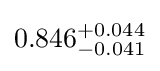
0.846_{-0.041}^{+0.044}